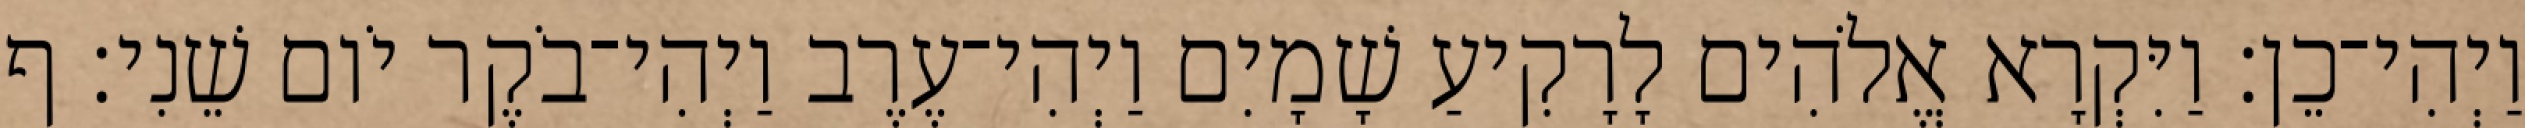
וַיְהִי־כֵן׃ וַיִּקְרָא אֱלֹהִים לָרָקִיעַ שָׁמָיִם וַיְהִי־עֶרֶב וַיְהִי־בֹקֶר יֹום שֵׁנִי׃ ף